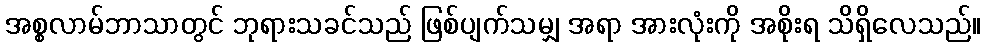
အစ္စလာမ်ဘာသာတွင် ဘုရားသခင်သည် ဖြစ်ပျက်သမျှ အရာ အားလုံးကို အစိုးရ သိရှိလေသည်။